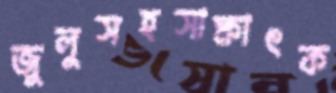
জুলুসহসাক্ষাৎক